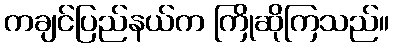
ကချင်ပြည်နယ်က ကြိုဆိုကြသည်။